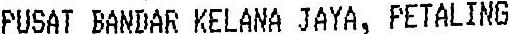
PUSAT BANDAR KELANA JAYA, PETALING